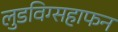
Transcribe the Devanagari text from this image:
लुडविग्सहाफन